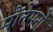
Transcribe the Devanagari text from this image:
मोंतेसनो